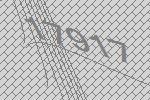
17917